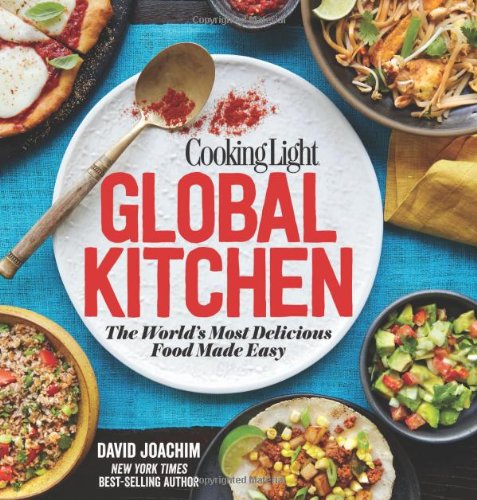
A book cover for Cooking Light Global Kitchen: The World's Most Delicious Food Made Easy; David Joachim; Cookbooks, Food & Wine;